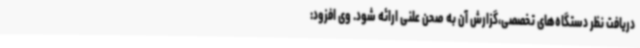
دریافت نظر دستگاه‌های تخصصی،گزارش آن به صحن علنی ارائه شود. وی افزود: